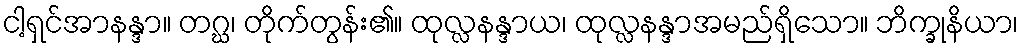
ငါ့ရှင်အာနန္ဒာ။ တဂ္ဃ၊ တိုက်တွန်း၏။ ထုလ္လနန္ဒာယ၊ ထုလ္လနန္ဒာအမည်ရှိသော။ ဘိက္ခုနိယာ၊